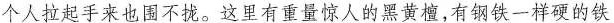
个人拉起手来也围不拢。这里有重量惊人的黑黄檀，有钢铁一样硬的铁